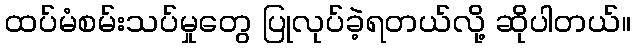
ထပ်မံစမ်းသပ်မှုတွေ ပြုလုပ်ခဲ့ရတယ်လို့ ဆိုပါတယ်။